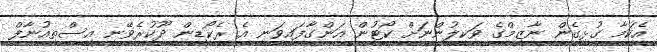
އެކަމާ ގުޅިގެން ނާޒިމްގެ ވަކީލުންނަށް ކޯޓުން އަންގާފައިވަނީ އެ ރެކޯޑިން ދޫކުރެވޭނީ އިސްތިއުނާފް